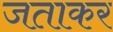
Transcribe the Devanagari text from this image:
जताकर